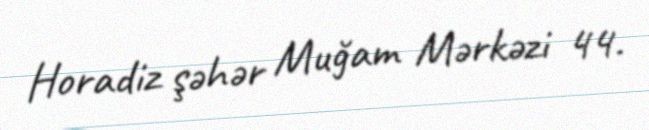
Horadiz şəhər Muğam Mərkəzi 44.